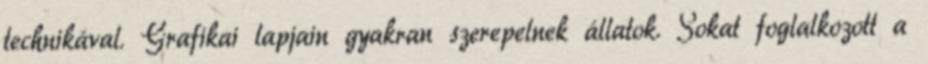
technikával. Grafikai lapjain gyakran szerepelnek állatok. Sokat foglalkozott a